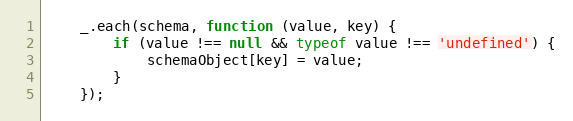
Language: JavaScript
    _.each(schema, function (value, key) {
        if (value !== null && typeof value !== 'undefined') {
            schemaObject[key] = value;
        }
    });